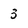
Character: 3